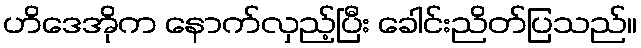
ဟိဒေအိုက နောက်လှည့်ပြီး ခေါင်းညိတ်ပြသည်။